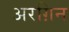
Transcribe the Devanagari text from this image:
अरग़िन